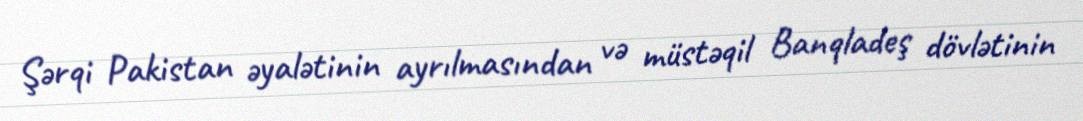
Şərqi Pakistan əyalətinin ayrılmasından və müstəqil Banqladeş dövlətinin